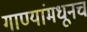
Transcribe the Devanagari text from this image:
गाण्यांमधूनच